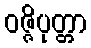
ဝဇ္ဇိပုတ္တာ